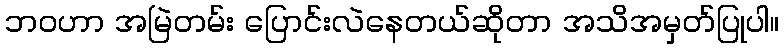
ဘဝဟာ အမြဲတမ်း ပြောင်းလဲနေတယ်ဆိုတာ အသိအမှတ်ပြုပါ။